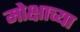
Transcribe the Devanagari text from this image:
मोक्षाच्या